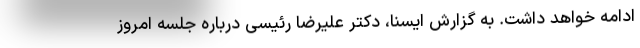
ادامه خواهد داشت. به گزارش ایسنا، دکتر علیرضا رئیسی درباره جلسه امروز